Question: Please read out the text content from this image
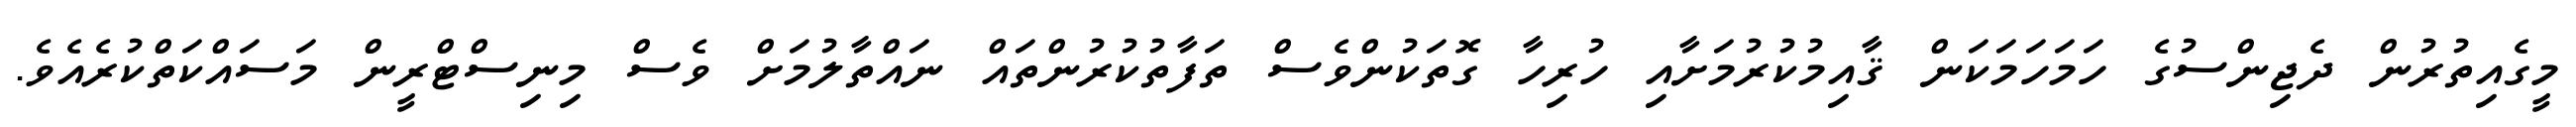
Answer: މީގެއިތުރުން ދެޖިންސުގެ ހަމަހަމަކަން ޤާއިމުކުރުމަށާއި ހުރިހާ ގޮތަކުންވެސް ތަފާތުކުރުންތައް ނައްތާލުމަށް ވެސް މިނިސްޓްރީން މަސައްކަތްކުރެއެވެ.